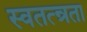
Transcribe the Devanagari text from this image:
स्वतत्न्रता